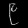
Digit: ၉